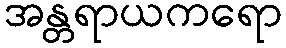
အန္တရာယကရော